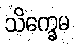
သိက္ခေမ